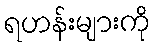
ရဟန်းများကို